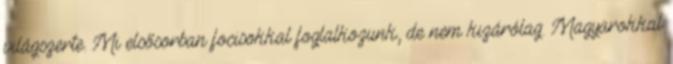
világszerte. Mi elsősorban focisokkal foglalkozunk, de nem kizárólag. Magyarokkal